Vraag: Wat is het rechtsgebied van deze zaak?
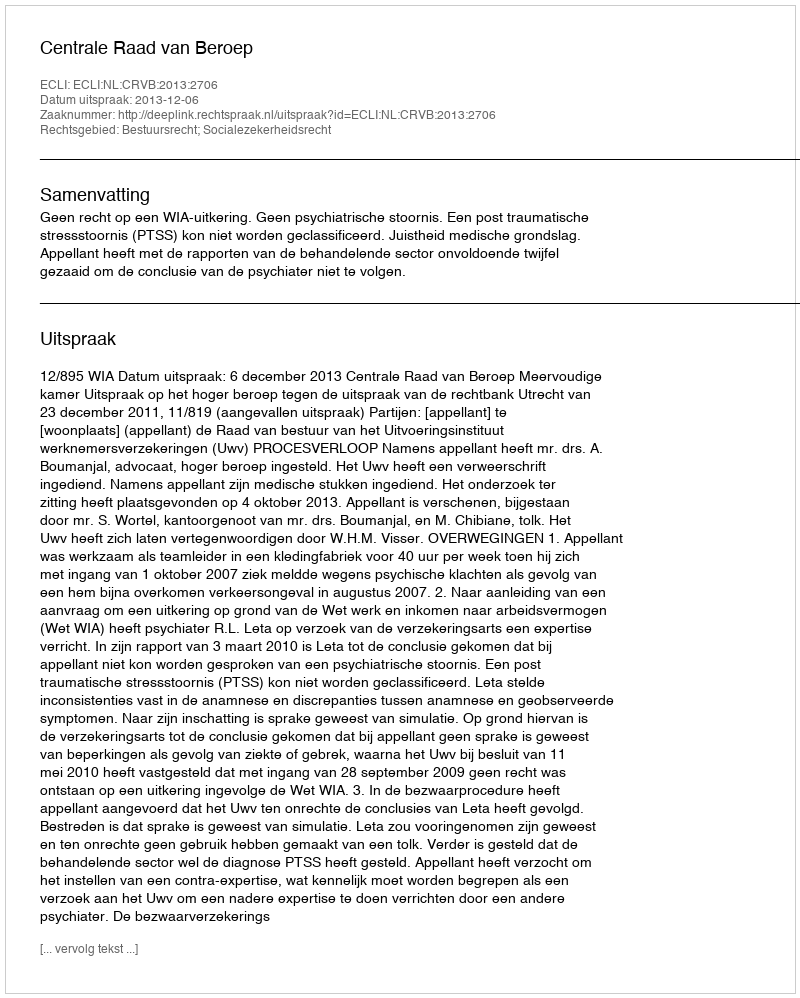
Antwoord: Bestuursrecht; Socialezekerheidsrecht